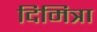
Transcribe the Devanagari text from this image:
दिमित्रा